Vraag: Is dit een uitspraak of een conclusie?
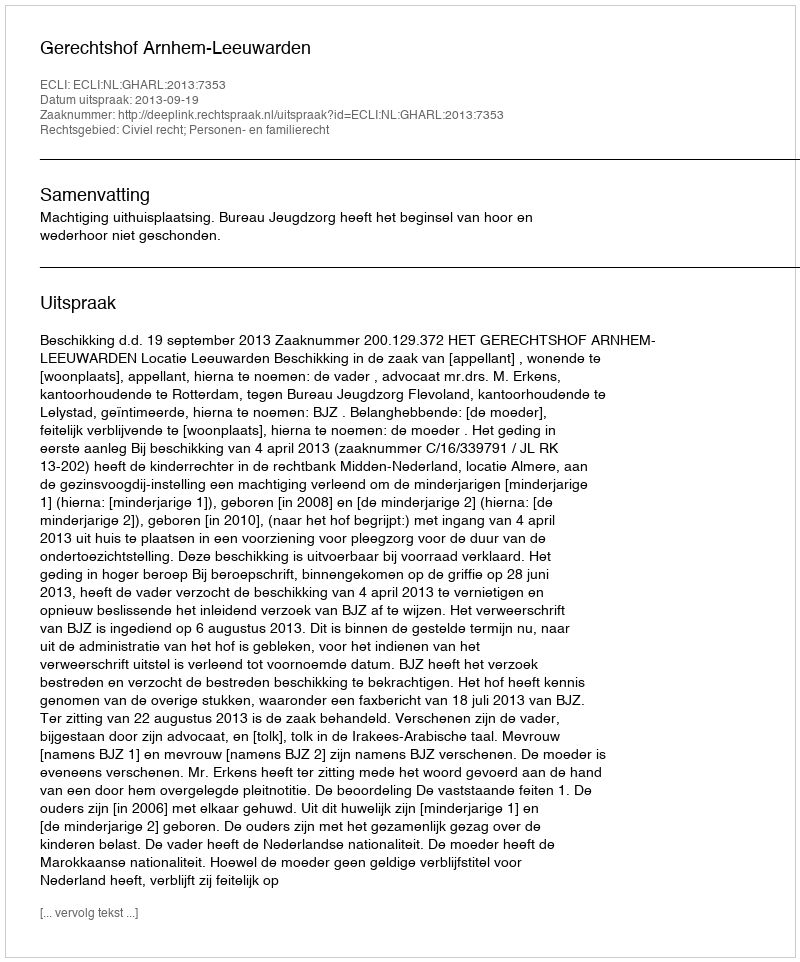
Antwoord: Uitspraak